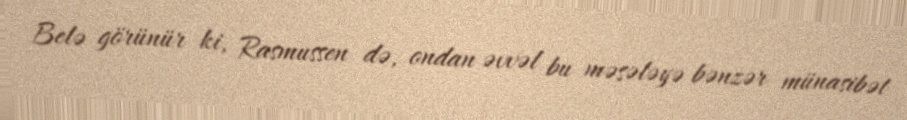
Belə görünür ki, Rasmussen də, ondan əvvəl bu məsələyə bənzər münasibət